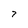
Character: 7